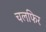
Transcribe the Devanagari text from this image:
चलफिर